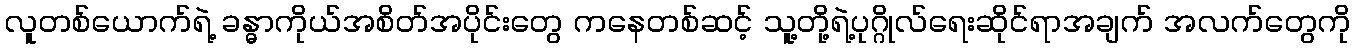
လူတစ်ယောက်ရဲ့ ခန္ဓာကိုယ်အစိတ်အပိုင်းတွေ ကနေတစ်ဆင့် သူ့တို့ရဲ့ပုဂ္ဂိုလ်ရေးဆိုင်ရာအချက် အလက်တွေကို